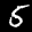
Label: 5